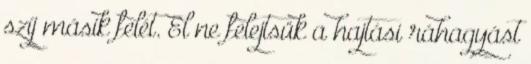
szíj másik felét. El ne felejtsük a hajtási ráhagyást